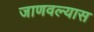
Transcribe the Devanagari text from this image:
जाणवल्यास